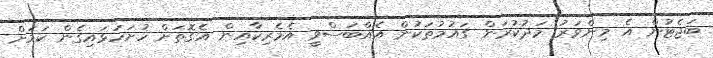
ބަޖެޓުން އެ މިންވަރު މަދުކުރަން ގައުމުތަކުން އެއްބަސްވީ އެމެރިކާއިން އެގޮތަށް ހުށަހަޅައިގެން ކަމަށް